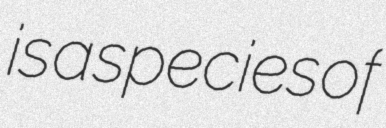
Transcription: is a species of